Tartu_linnavalitsus, lk 119
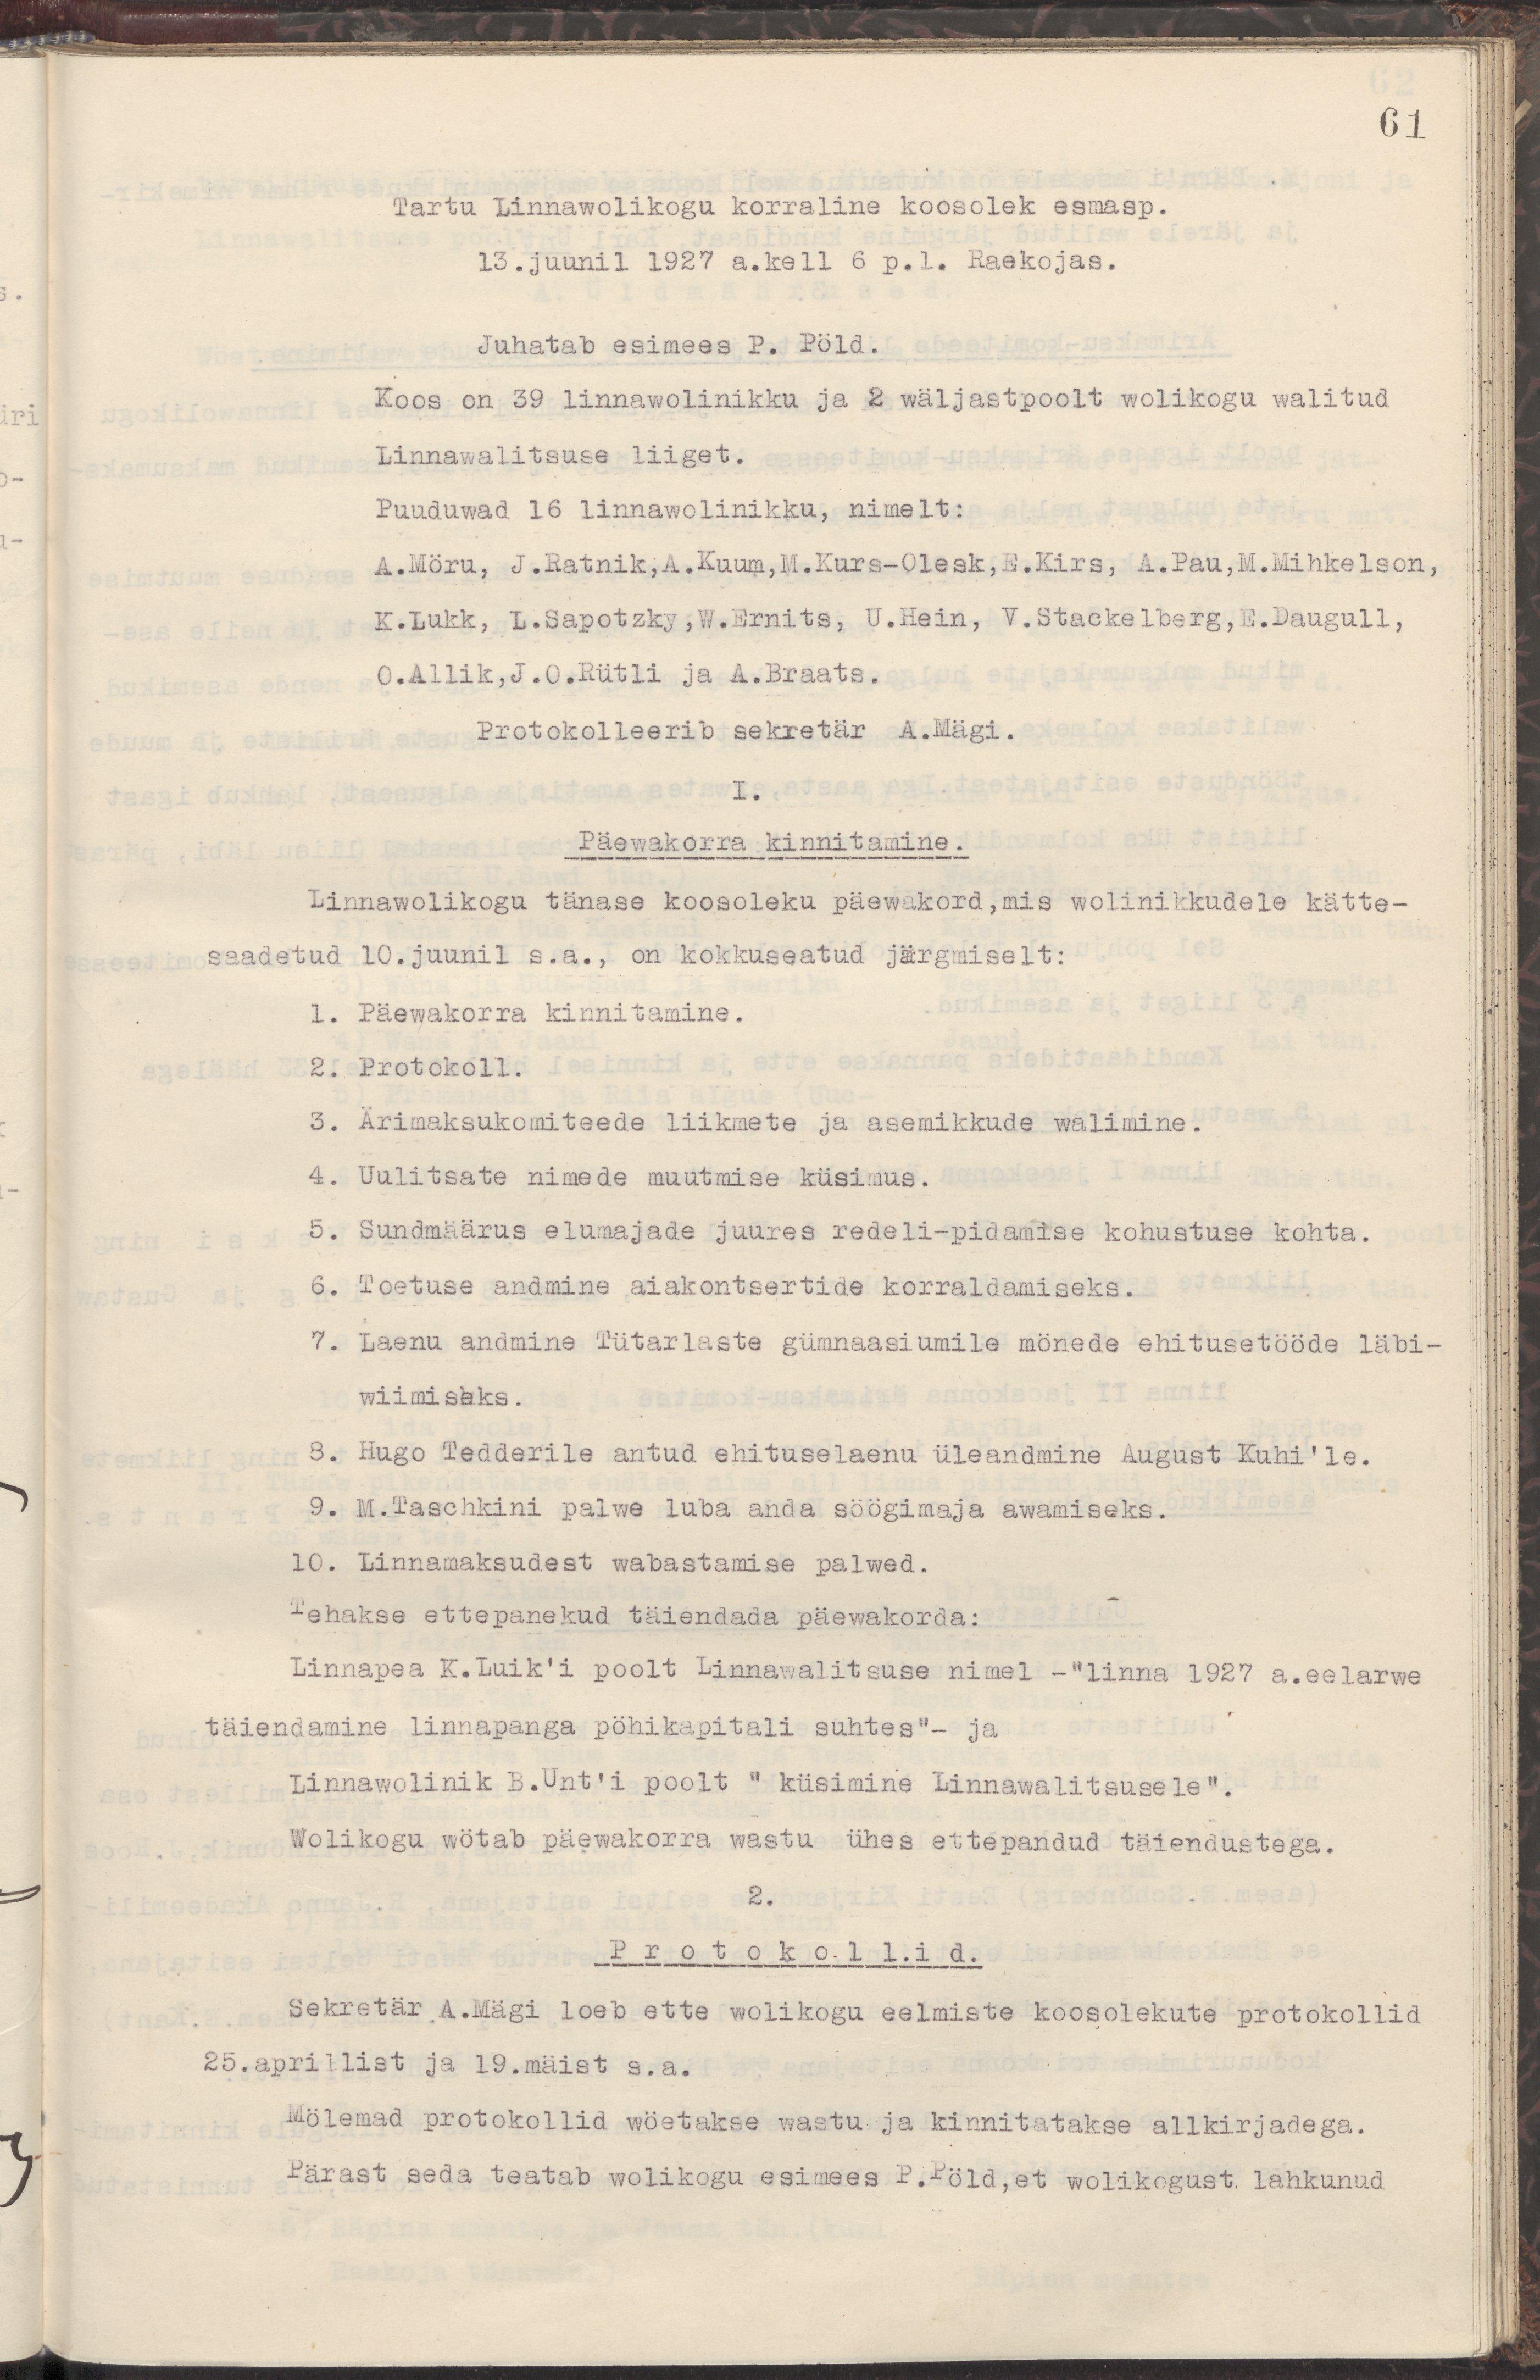
61
Tartu Linnawolikogu korraline koosolek esmasp.
13.juunil 1927 a.kell 6 p.l. Raekojas.
Juhatab esimees P. Pöld.
Koos on 39 linnawolinikku ja 2 wäljastpoolt wolikogu walitud
Linnawalitsuse liiget.
Puuduwad 16 linnawolinikku, nimelt:
A.Möru, J.Ratnik,A.Kuum,M.Kurs-Olesk,E.Kirs, A.Pau,M.Mihkelson,
K.Lukk, L.Sapotzky,W.Ernits, U.Hein, V.Stackelberd,E.Daugull,
O.Allik,J.O.Rütli ja A.Braats.
Protokolleerib sekretär A.Mägi.
I.
Päewakorra kinnitamine.
Linnawolikogu tänase koosoleku päewakord,mis wolinikkudele kätte-
saadetud 10.juunil s.a., on kokkuseatud järgmiselt:
1. Päewakorra kinnitamine.
2. Protokoll.
3. Ärimaksukomiteede liikmete ja asemikkude walimine.
4. Uulitsate nimede muutmise küsimus.
5. Sundmäärus elumajade juures redeli-pidamise kohustuse kohta.
6. Toetuse andmine aiakontsertide korraldamiseks.
7. Laenu andmine Tütarlaste gümnaasiumile mönede ehitusetööde läbi-
wiimiseks.
8. Hugo Tedderile antud ehituselaenu üleandmine August Kuhi'le
9. M.Taschkini palwe luba anda söögimaja awamiseks.
10. Linnamaksudest wabastamise palwed.
Tehakse ettepanekuid täiendada päewakorda:
Linnapea K.Luik'i poolt Linnawalitsuse nimel - "linna 1927 a.eelarwe
täiendamine linnapanga põhikapitali suhtes"- ja 
Linnawolinik B.Unt'i poolt " küsimine Linnawalitsusele".
Wolikogu wõtab päewakorda wastu  ühes ettepandud täiendustega.
2.
Protokollid.
Sekretär A.Mägi loeb ette wolikogu eelmiste koosolekute protokollid
25.aprillist ja 19.maist s.a.
Mölemad protokollid wõetakse wastu ja kinnitatakse allkirjadega.
Pärast seda teatab wolikogu esimees P.Pöld,et wolikogust lahkunud